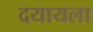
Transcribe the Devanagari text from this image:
दयायला